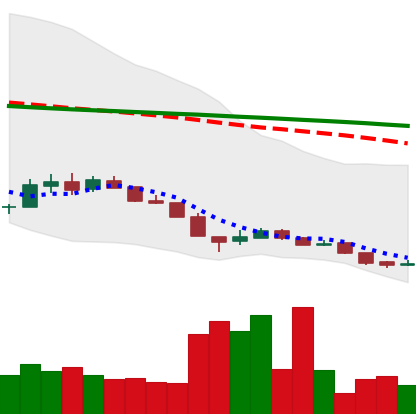
Ticker: XLM-USD
Chart end date: 2018-12-16
Forward return: 24.552%
Label: up_7plus